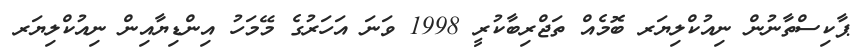
ޕާކިސްތާނުން ނިއުކްލިޔަރ ބޮމެއް ތަޖްރިބާކުރީ 1998 ވަނަ އަހަރުގެ މޭމަހު އިންޑިޔާއިން ނިއުކްލިޔަރ